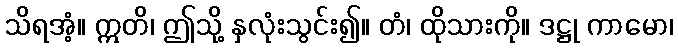
သိရအံ့။ ဣတိ၊ ဤသို့ နှလုံးသွင်း၍။ တံ၊ ထိုသားကို။ ဒဋ္ဌု ကာမော၊